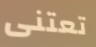
تعتنى